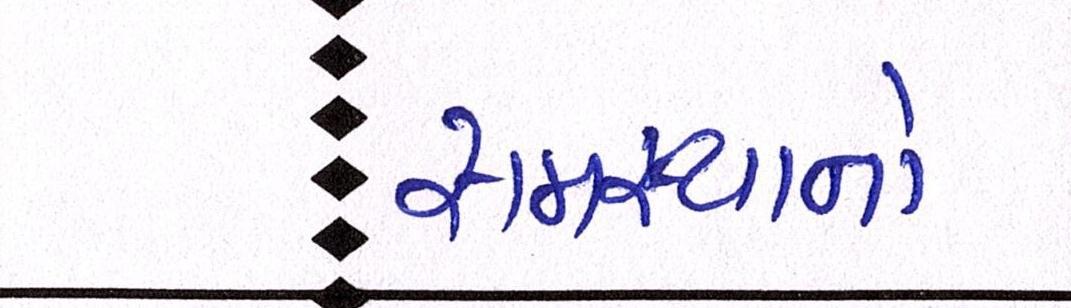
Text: સમસ્યાનો